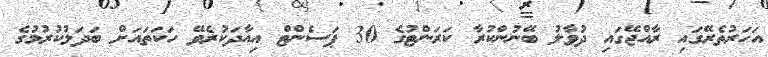
އަހަރުތެރޭގައި ރާއްޖޭގައި ދުވާލު ބޭނުންކުރާ ކަރަންޓުގެ 30 ޕަސެންޓް އިއާދަކުރެވޭ ހަކަތައަށް ބަދަލުކުރުމުގެ